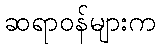
ဆရာဝန်များက